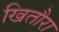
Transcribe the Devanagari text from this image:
खितौरा